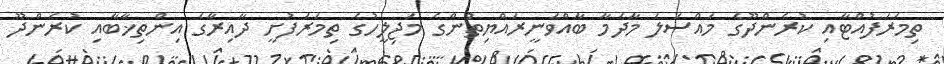
ތިމަރަފުއްޓާއި ކުރެންދޫގެ މައްސަލަ މާދަމާ ބާއްވަނީރައްޔިތުންގެ މަޖިލީހުގެ ތިމަރަފުށީ ދާއިރާގެ އިންތިޚާބާއި ކުރެންދޫ